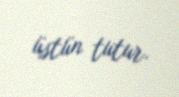
üstün tutur.